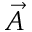
\vec { A }